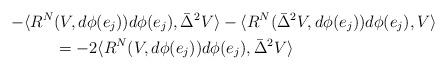
LaTeX: \begin{align*}-\langle R^N&(V,d\phi(e_j))d\phi(e_j) ,\bar\Delta^2 V\rangle-\langle R^N(\bar\Delta^2V,d\phi(e_j))d\phi(e_j),V\rangle \\&=-2\langle R^N(V,d\phi(e_j))d\phi(e_j) ,\bar\Delta^2 V\rangle\end{align*}